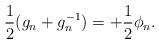
LaTeX: \begin{align*}\frac{1}{2}(g_n+g_n^{-1})=+\frac{1}{2}\phi_n.\end{align*}